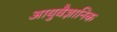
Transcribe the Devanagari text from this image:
आयुवैज्ञानिक